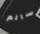
سالم